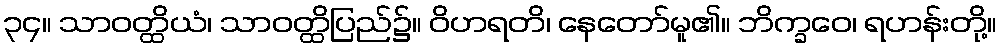
၃၄။ သာဝတ္ထိယံ၊ သာဝတ္ထိပြည်၌။ ဝိဟရတိ၊ နေတော်မူ၏။ ဘိက္ခဝေ၊ ရဟန်းတို့။